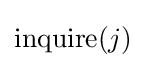
{\text{inquire}}(j)